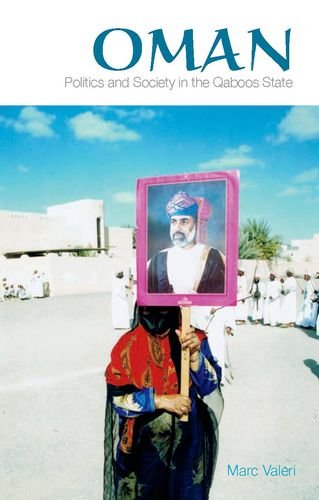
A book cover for Oman: Politics and Society in the Qaboos State; Marc Valeri; History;